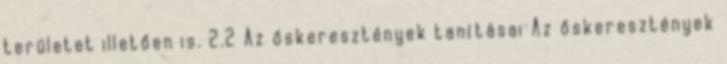
területet illetően is. 2.2 Az őskeresztények tanításai Az őskeresztények